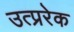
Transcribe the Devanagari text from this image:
उत्प्ररेक